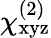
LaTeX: \chi_{\mathrm{xyz}}^{(2)}